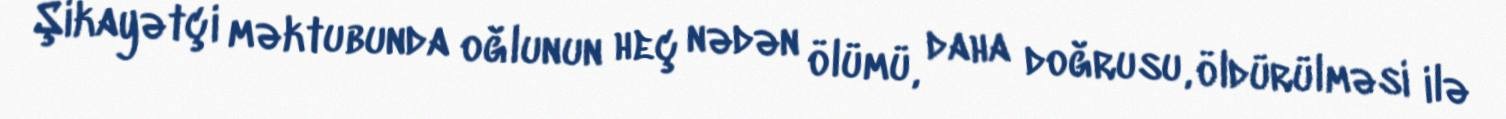
Şikayətçi məktubunda oğlunun heç nədən ölümü, daha doğrusu, öldürülməsi ilə